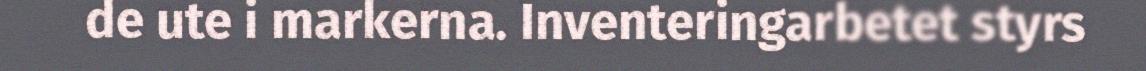
de ute i markerna. Inventeringarbetet styrs